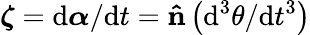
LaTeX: {\boldsymbol{\zeta}}=\mathrm{d}{\boldsymbol{\alpha}}/\mathrm{d}t=\mathbf{\hat{n}}\left(\mathrm{d}^{3}\theta/\mathrm{d}t^{3}\right)